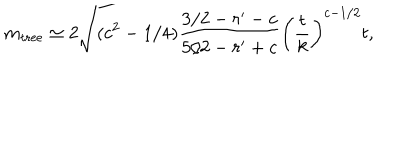
m _ { \mathrm { t r e e } } \simeq 2 \sqrt { ( c ^ { 2 } - 1 / 4 ) \frac { 3 / 2 - r ^ { \prime } - c } { 5 / 2 - r ^ { \prime } + c } } \left( \frac { t } { k } \right) ^ { c - 1 / 2 } t ,